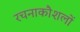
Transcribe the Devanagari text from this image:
रचनाकौशलों